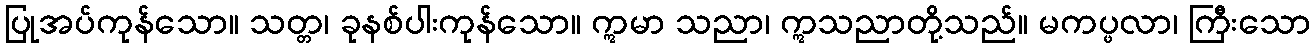
ပြုအပ်ကုန်သော။ သတ္တ၊ ခုနစ်ပါးကုန်သော။ ဣမာ သညာ၊ ဣသညာတို့သည်။ မကပ္ဖလာ၊ ကြီးသော